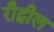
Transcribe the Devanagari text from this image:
रौट्वील